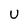
Character: U